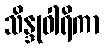
သိန္ဒုဝါရိကာ